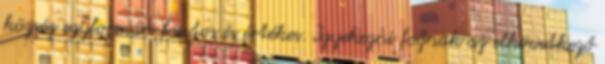
község egyformán fontos és értékes. Igyekezni fognak az elkövetkező